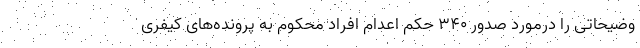
وضیحاتی را درمورد صدور ۳۴۰ حکم اعدام افراد محکوم به پرونده‌های کیفری